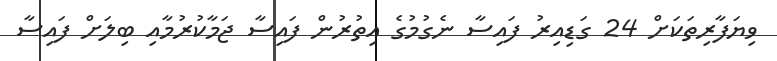
ވިޔަފާރިތަކަށް 24 ގަޑިއިރު ފައިސާ ނެގުމުގެ އިތުރުން ފައިސާ ޖަމާކުރުމާއި ބިލަށް ފައިސާ